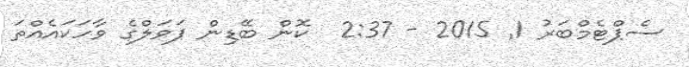
ސެޕްޓެމްބަރު 1